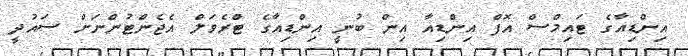
އިންޑިއާގެ ޓައިމްސް އޮފް އިންޑިއާ އިން ބުނީ އިންޑިއާގެ ޓްރެވަލް އެޖެންޓުންނަށް ސައުދީ